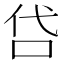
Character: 𠰰